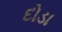
દોડા